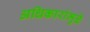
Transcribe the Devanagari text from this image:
अधिकारांमुळे